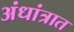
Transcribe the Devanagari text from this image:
अंधांत्रात